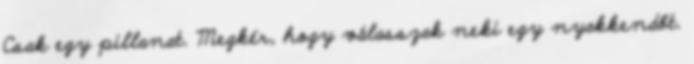
Csak egy pillanat. Megkér, hogy válasszak neki egy nyakkendőt.